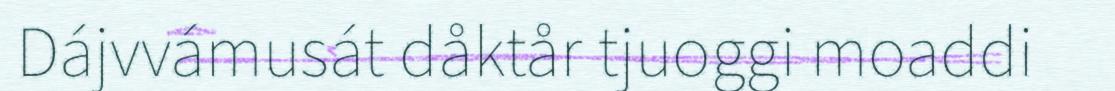
Dájvvámusát dåktår tjuoggi moaddi